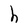
Character: h